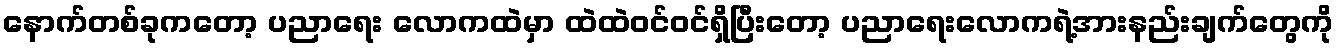
နောက်တစ်ခုကတော့ ပညာရေး လောကထဲမှာ ထဲထဲဝင်ဝင်ရှိပြီးတော့ ပညာရေးလောကရဲ့အားနည်းချက်တွေကို